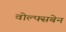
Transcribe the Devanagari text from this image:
वोल्फ्सबेन